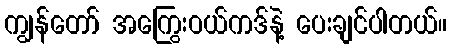
ကျွန်တော် အကြွေးဝယ်ကဒ်နဲ့ ပေးချင်ပါတယ်။